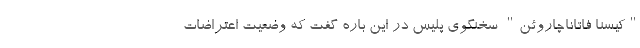
"کیسنا فاتاناچاروئن" سخنگوی پلیس در این باره گفت که وضعیت اعتراضات